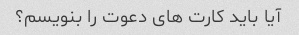
آیا باید کارت های دعوت را بنویسم؟